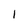
Character: l